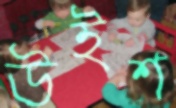
উইশ